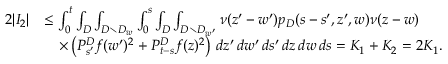
\begin{array} { r l } { 2 | I _ { 2 } | } & { \leq \int _ { 0 } ^ { t } \int _ { D } \int _ { D \setminus D _ { w } } \int _ { 0 } ^ { s } \int _ { D } \int _ { D \setminus D _ { w ^ { \prime } } } \nu ( z ^ { \prime } - w ^ { \prime } ) p _ { D } ( s - s ^ { \prime } , z ^ { \prime } , w ) \nu ( z - w ) } \\ & { \quad \times \left( P _ { s ^ { \prime } } ^ { D } f ( w ^ { \prime } ) ^ { 2 } + P _ { t - s } ^ { D } f ( z ) ^ { 2 } \right) \, d z ^ { \prime } \, d w ^ { \prime } \, d s ^ { \prime } \, d z \, d w \, d s = K _ { 1 } + K _ { 2 } = 2 K _ { 1 } . } \end{array}